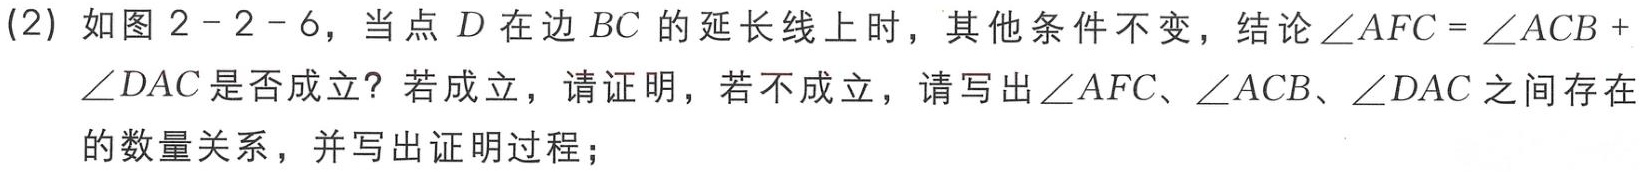
(2) 如图$2 - 2 - 6$，当点$D$在边$BC$的延长线上时，其他条件不变，结论$\angle AFC=\angle ACB +\angle DAC$是否成立？若成立，请证明，若不成立，请写出$\angle AFC$、$\angle ACB$、$\angle DAC$之间存在的数量关系，并写出证明过程；